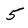
Character: 5